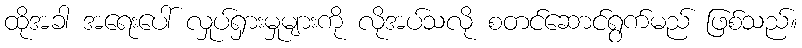
ထိုအခါ အရေးပေါ် လှုပ်ရှားမှုများကို လိုအပ်သလို စတင်ဆောင်ရွက်မည် ဖြစ်သည်။